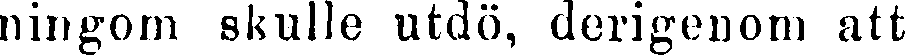
ningom skulle utdö, derigenom att